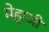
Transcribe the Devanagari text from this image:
मेहाजी